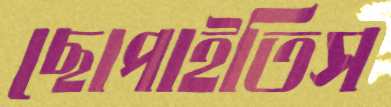
ছোপাইতিস